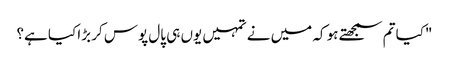
"کیا تم سمجھتے ہو کہ میں نے تمہیں یوں ہی پال پوس کر بڑا کیا ہے؟